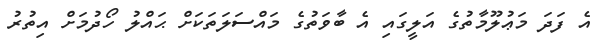
އެ ފަދަ މަޢުލޫމާތުގެ އަލީގައި އެ ބާވަތުގެ މައްސަލަތަކަށް ޙައްލު ހޯދުމަށް އިތުރު